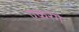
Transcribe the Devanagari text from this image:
एकरंगे